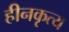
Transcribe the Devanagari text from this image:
हीनकृत्य